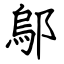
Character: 鄔